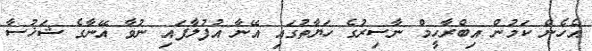
އެހެން ކަމުން އިބްރާހީމް ނާސިރުގެ ހަޔާތުގައި އޭނާ އުފުލާފައި ނުވާ އޭނާގެ ޝަޚުސާ